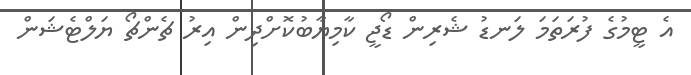
އެ ޓީމުގެ ފުރަތަމަ ލަނޑު ޝެރިން ޑޯޖީ ކާމިޔާބުކޮށްދިން އިރު ޗެންޗޯ ޔަލްޓެޝަން